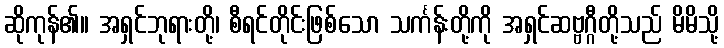
ဆိုကုန်၏။ အရှင်ဘုရားတို့၊ စီရင်တိုင်းဖြစ်သော သင်္ကန်းတို့ကို အရှင်ဆဗ္ဗဂ္ဂီတို့သည် မိမိသို့